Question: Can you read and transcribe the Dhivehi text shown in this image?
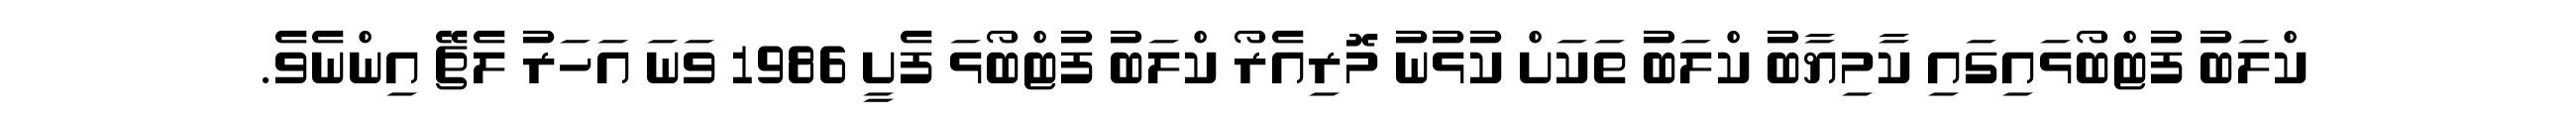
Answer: ކްލަބު ފުޓްބޯޅައިގައި ކާމިޔާބު ކްލަބު ތަކަށް ކުޅުނު މޮރިއެރޯ ކްލަބު ފުޓްބޯޅަ ފެށީ 1986 ވަނަ އަހަރު ލެޗޭ އިންނެވެ.